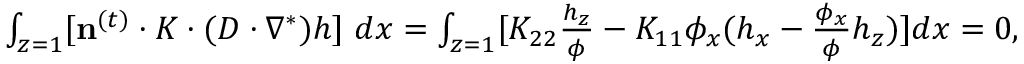
\begin{array} { r } { \int _ { z = 1 } [ \mathbf { n } ^ { ( t ) } \cdot K \cdot ( D \cdot \nabla ^ { * } ) h ] ~ d x = \int _ { z = 1 } [ K _ { 2 2 } \frac { h _ { z } } { \phi } - K _ { 1 1 } \phi _ { x } ( h _ { x } - \frac { \phi _ { x } } { \phi } h _ { z } ) ] d x = 0 , } \end{array}